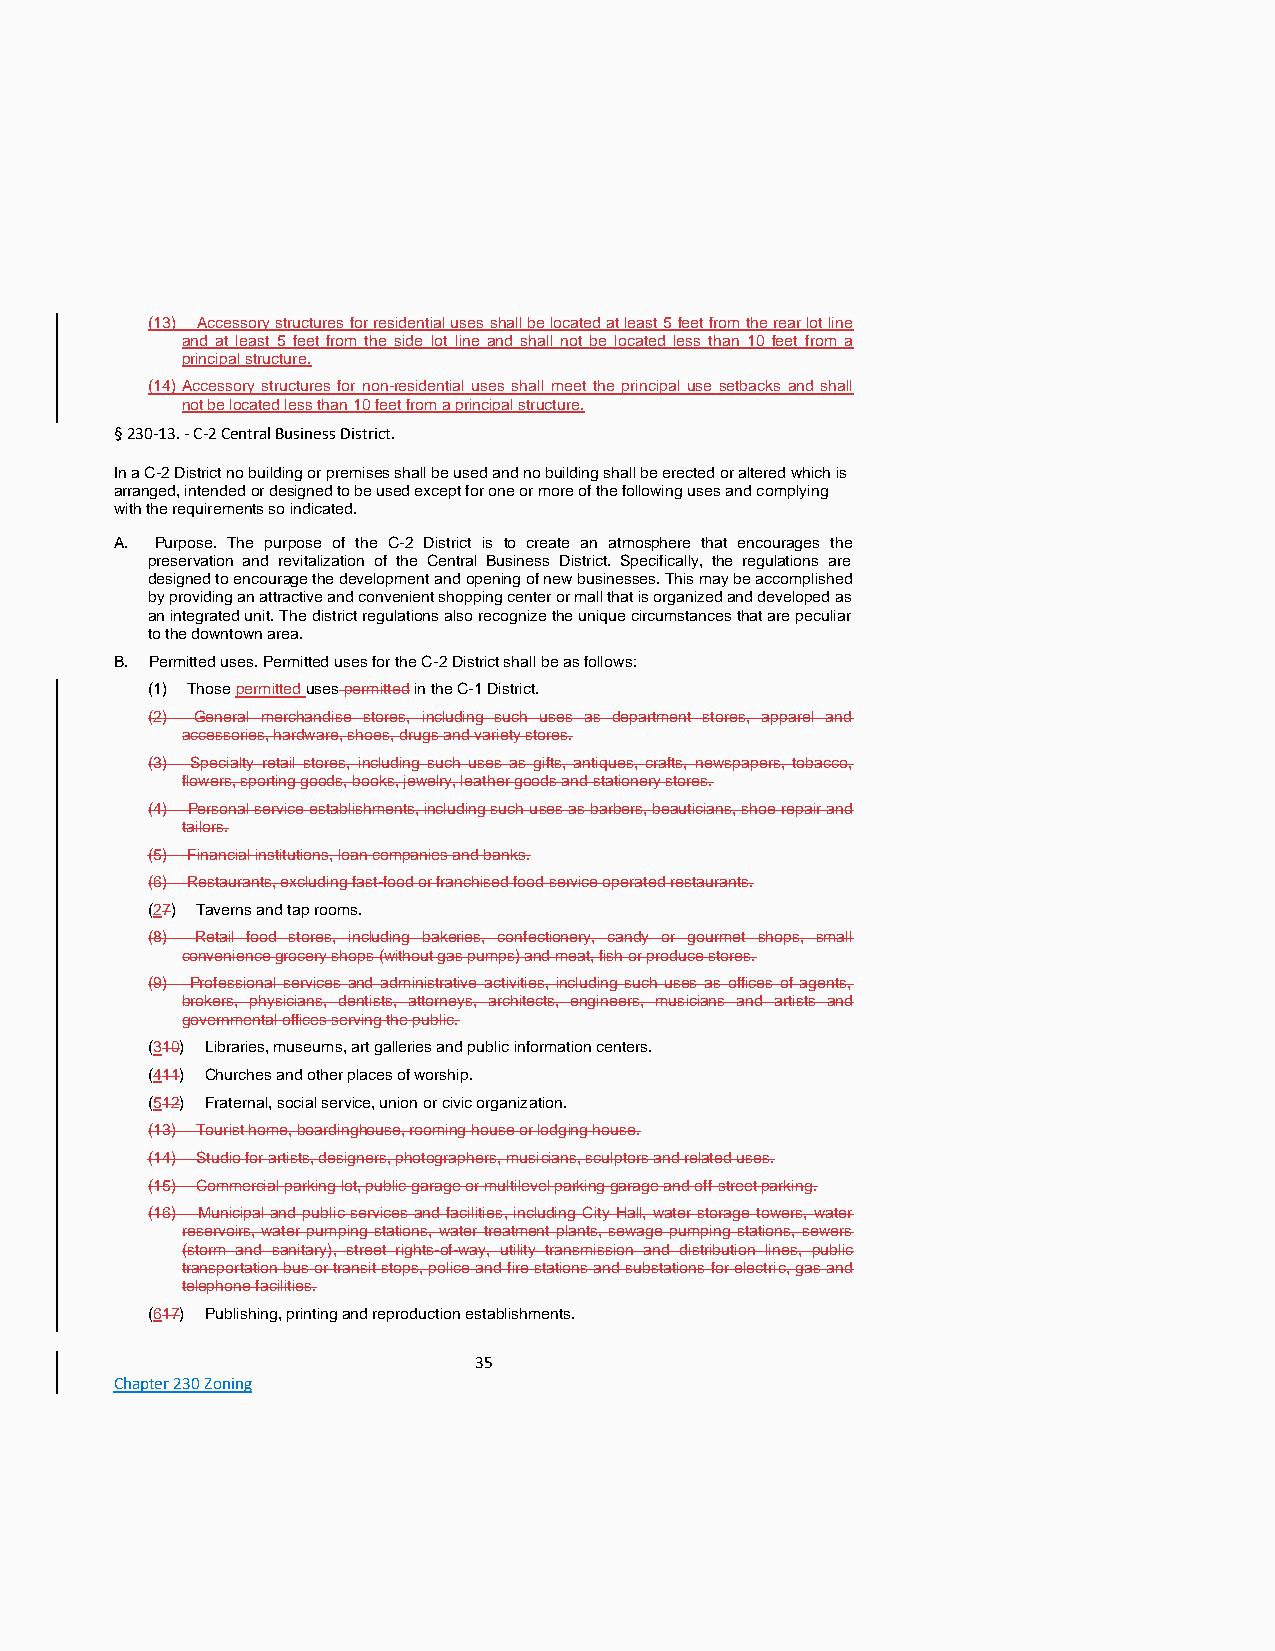
(13) Accessory structures for residential uses shall be located at least 5 feet from the rear lot line
 and at least 5 feet from the side lot line and shall not be located less than 10 feet from a
 principal structure.
 (14) Accessory structures for non-residential uses shall meet the principal use setbacks and shall
 not be located less than 10 feet from a principal structure.
 § 230-13. - C-2 Central Business District.
 In a C-2 District no building or premises shall be used and no building shall be erected or altered which is
 arranged, intended or designed to be used except for one or more of the following uses and complying
 with the requirements so indicated.
 A. Purpose. The purpose of the C-2 District is to create an atmosphere that encourages the
 preservation and revitalization of the Central Business District. Specifically, the regulations are
 designed to encourage the development and opening of new businesses. This may be accomplished
 by providing an attractive and convenient shopping center or mall that is organized and developed as
 an integrated unit. The district regulations also recognize the unique circumstances that are peculiar
 to the downtown area.
 B. Permitted uses. Permitted uses for the C-2 District shall be as follows:
 (1) Those permitted uses permitted in the C-1 District.
 (2) General merchandise stores, including such uses as department stores, apparel and
 accessories, hardware, shoes, drugs and variety stores.
 (3) Specialty retail stores, including such uses as gifts, antiques, crafts, newspapers, tobacco,
 flowers, sporting goods, books, jewelry, leather goods and stationery stores.
 (4) Personal service establishments, including such uses as barbers, beauticians, shoe repair and
 tailors.
 (5) Financial institutions, loan companies and banks.
 (6) Restaurants, excluding fast-food or franchised food service operated restaurants.
 (27) Taverns and tap rooms.
 (8) Retail food stores, including bakeries, confectionery, candy or gourmet shops, small
 convenience grocery shops (without gas pumps) and meat, fish or produce stores.
 (9) Professional services and administrative activities, including such uses as offices of agents,
 brokers, physicians, dentists, attorneys, architects, engineers, musicians and artists and
 governmental offices serving the public.
 (310) Libraries, museums, art galleries and public information centers.
 (411) Churches and other places of worship.
 (512) Fraternal, social service, union or civic organization.
 (13) Tourist home, boardinghouse, rooming house or lodging house.
 (14) Studio for artists, designers, photographers, musicians, sculptors and related uses.
 (15) Commercial parking lot, public garage or multilevel parking garage and off-street parking.
 (16) Municipal and public services and facilities, including City Hall, water storage towers, water
 reservoirs, water pumping stations, water treatment plants, sewage pumping stations, sewers
 (storm and sanitary), street rights-of-way, utility transmission and distribution lines, public
 transportation bus or transit stops, police and fire stations and substations for electric, gas and
 telephone facilities.
 (617) Publishing, printing and reproduction establishments.
 35
 Chapter 230 Zoning